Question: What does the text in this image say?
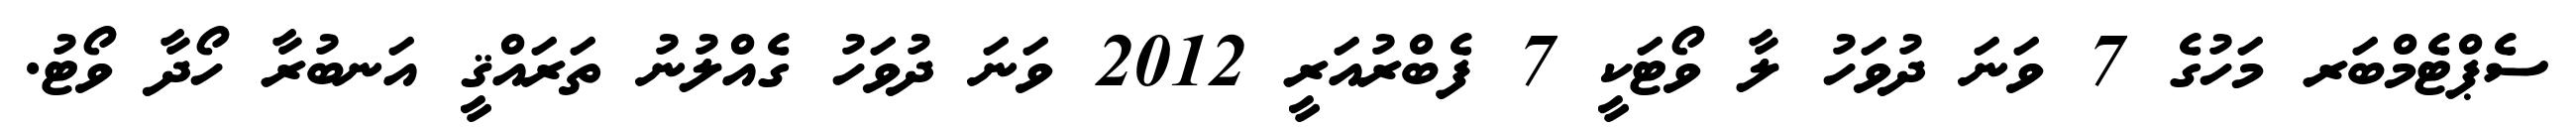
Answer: ސެޕްޓެމްބަރ މަހުގެ 7 ވަނަ ދުވަހު ލާ ވޯޓަކީ 7 ފެބްރުއަރީ 2012 ވަނަ ދުވަހު ގެއްލުނު ތަރައްޤީ އަނބުރާ ހޯދާ ވޯޓު.